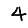
Digit: 4